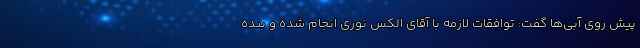
پیش روی آبی‌ها گفت: توافقات لازمه با آقای الکس نوری انجام شده و بنده